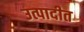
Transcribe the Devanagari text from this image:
उत्पादीत